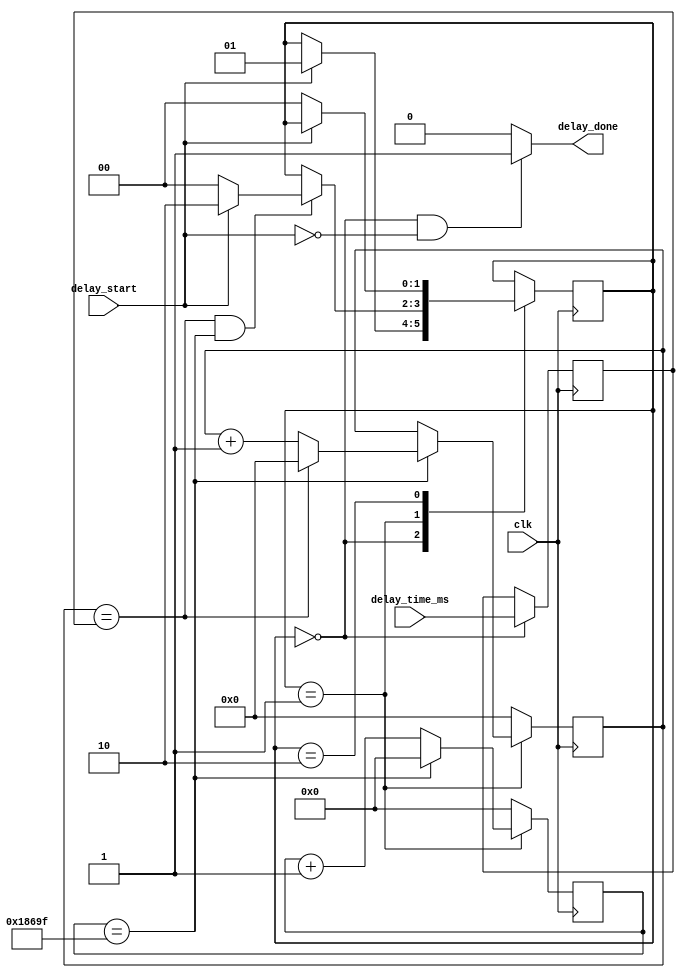
`timescale 1ns / 1ps
//////////////////////////////////////////////////////////////////////////////////
// Company: DigilentInc
// 
// Module Name: Delay
// Project Name: OLED Demo
// Target Devices: Nexys Video
// Description: Handles N-millisecond delays. On start flag, assert done after delay_time_ms milliseconds.
// 
// Revision:
// Revision 0.01 - File Created
// Additional Comments:
// 
//////////////////////////////////////////////////////////////////////////////////


module delay_ms (
    input        clk,
    input [11:0] delay_time_ms,
    input        delay_start,
    output       delay_done
);
    localparam  Idle = 0,
                Hold = 1,
                Done = 2;
    localparam  MAX = 17'd99999;
    reg [1:0] state=Idle;
    reg [11:0] stop_time=0, ms_counter=0;
    reg [16:0] clk_counter=0;
    
    assign delay_done = (state == Idle && delay_start == 1'b0) ? 1'b1 : 1'b0;
    
    always@(posedge clk)
        case (state)
        Idle: begin
            stop_time <= delay_time_ms;
            if (delay_start == 1'b1)
                state <= Hold;
        end
        Hold:
            if (ms_counter == stop_time && clk_counter == MAX)
                if (delay_start == 1'b1)
                    state <= Done;
                else
                    state <= Idle;
        Done:
            if (delay_start == 1'b0)
                state <= Idle;
        endcase
        
    always@(posedge clk)
        if (state == Hold)
            if (clk_counter == MAX) begin
                clk_counter <= 'b0;
                if (ms_counter == stop_time)
                    ms_counter <= 'b0;
                else
                    ms_counter <= ms_counter + 1'b1;
            end
            else
                clk_counter <= clk_counter + 1'b1;
        else begin
            clk_counter <= 'b0;
            ms_counter <= 'b0;
        end
endmodule